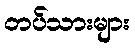
တပ်သားများ